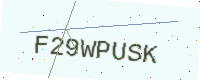
Text: F29WPUSK